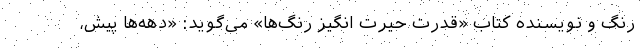
رنگ و نویسنده کتاب «قدرت حیرت انگیز رنگ‌ها» می‌گوید: «دهه‌ها پیش،